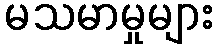
မသမာမှုများ